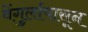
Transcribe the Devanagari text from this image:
वेंगुर्लापासून